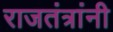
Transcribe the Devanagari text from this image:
राजतंत्रांनी